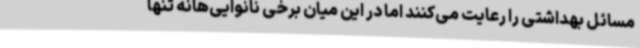
مسائل بهداشتی را رعایت می‌کنند اما در این میان برخی نانوایی‌هانه تنها